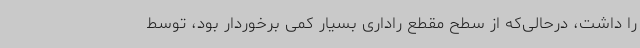
را داشت، درحالی‌که از سطح مقطع راداری بسیار کمی برخوردار بود، توسط